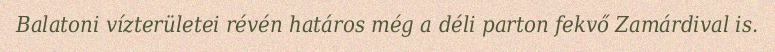
Balatoni vízterületei révén határos még a déli parton fekvő Zamárdival is.